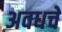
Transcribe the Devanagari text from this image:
अवधचे